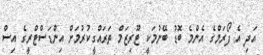
އަދި އެ ފޯރަމްގެ އެންމެ ބޮޑު ބޭނުމަކީ ޓޫރިޒަމް ތަރައްގީކުރުމަށް އިންޑަސްޓްރީގެ އިސް